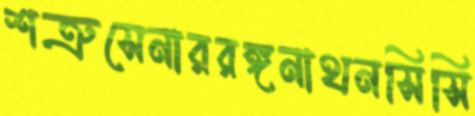
শত্রুসেনাররঙ্গনাথনসিসি